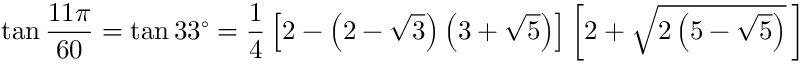
\tan { \frac { 1 1 \pi } { 6 0 } } = \tan 3 3 ^ { \circ } = { \frac { 1 } { 4 } } \left[ 2 - \left( 2 - { \sqrt { 3 } } \right) \left( 3 + { \sqrt { 5 } } \right) \right] \left[ 2 + { \sqrt { 2 \left( 5 - { \sqrt { 5 } } \right) } } \, \right]